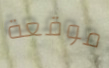
موقعة